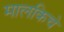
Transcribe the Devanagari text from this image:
मालकिचे